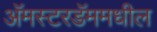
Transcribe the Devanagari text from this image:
अॅमस्टरडॅममधील